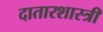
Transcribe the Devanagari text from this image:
दातारशास्त्री